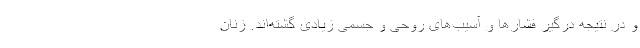
و در نتیجه درگیر فشارها و آسیب‌های روحی و جسمی زیادی گشته‌اند. زنان